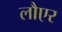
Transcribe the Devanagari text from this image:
लौएर